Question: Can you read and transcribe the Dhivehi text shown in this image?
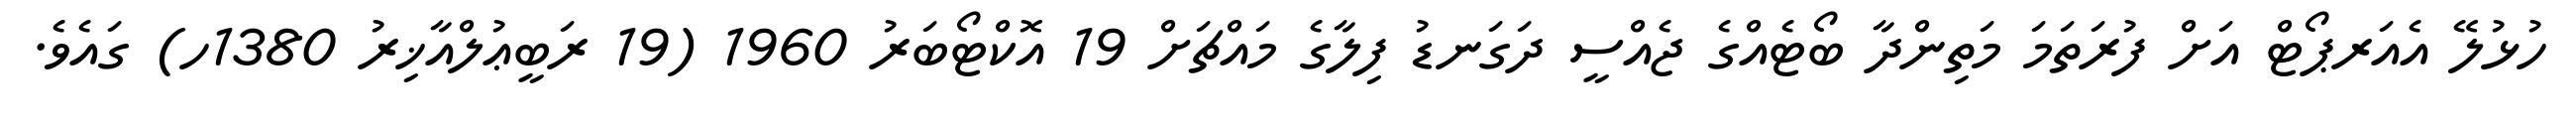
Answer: ހުޅުލޭ އެއަރޕޯޓް އަށް ފުރަތަމަ މަތިންދާ ބޯޓެއްގެ ޖެއްސީ ދަގަނޑު ފިލާގެ މައްޗަށް 19 އޮކްޓޯބަރު 1960 (19 ރަބީޢުލްއާޚިރު 1380ހ) ގައެވެ.